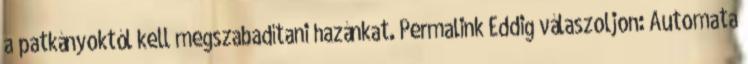
a patkányoktól kell megszabadítani hazánkat. Permalink Eddig válaszoljon: Automata